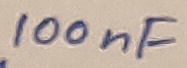
Text: 100nF